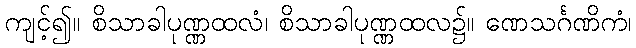
ကျင့်၍။ စိသာခါပုဏ္ဏထလံ၊ စိသာခါပုဏ္ဏထလ၌။ ဏေသင်္ဂဏိကံ၊